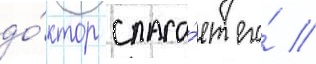
до́ктор спаса́ет его́ //